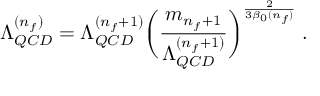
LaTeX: \Lambda _ { Q C D } ^ { ( n _ { f } ) } = \Lambda _ { Q C D } ^ { ( n _ { f } + 1 ) } \biggl ( \frac { m _ { n _ { f } + 1 } } { \Lambda _ { Q C D } ^ { ( n _ { f } + 1 ) } } \biggr ) ^ { \frac { 2 } { 3 \beta _ { 0 } ( n _ { f } ) } } \; .